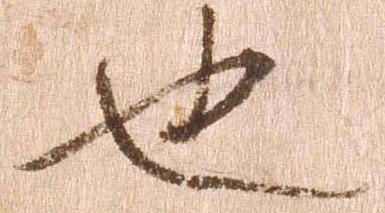
也